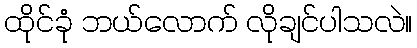
ထိုင်ခုံ ဘယ်လောက် လိုချင်ပါသလဲ။